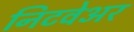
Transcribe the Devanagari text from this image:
निटवेअर